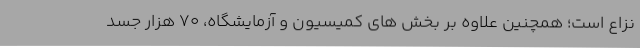
نزاع است؛ همچنین علاوه بر بخش های کمیسیون و آزمایشگاه، ۷۰ هزار جسد